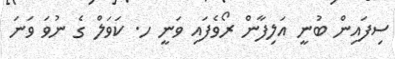
ސިފައިން ބުނީ އަލިފާން ރޯވެފައި ވަނީ ހ. ކަވަލް ގެ ނުވަ ވަނަ